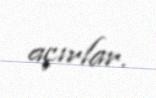
açırlar.